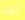
لقد